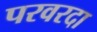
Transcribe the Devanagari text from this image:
परवरदा